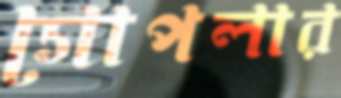
গোপলার